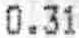
0.31